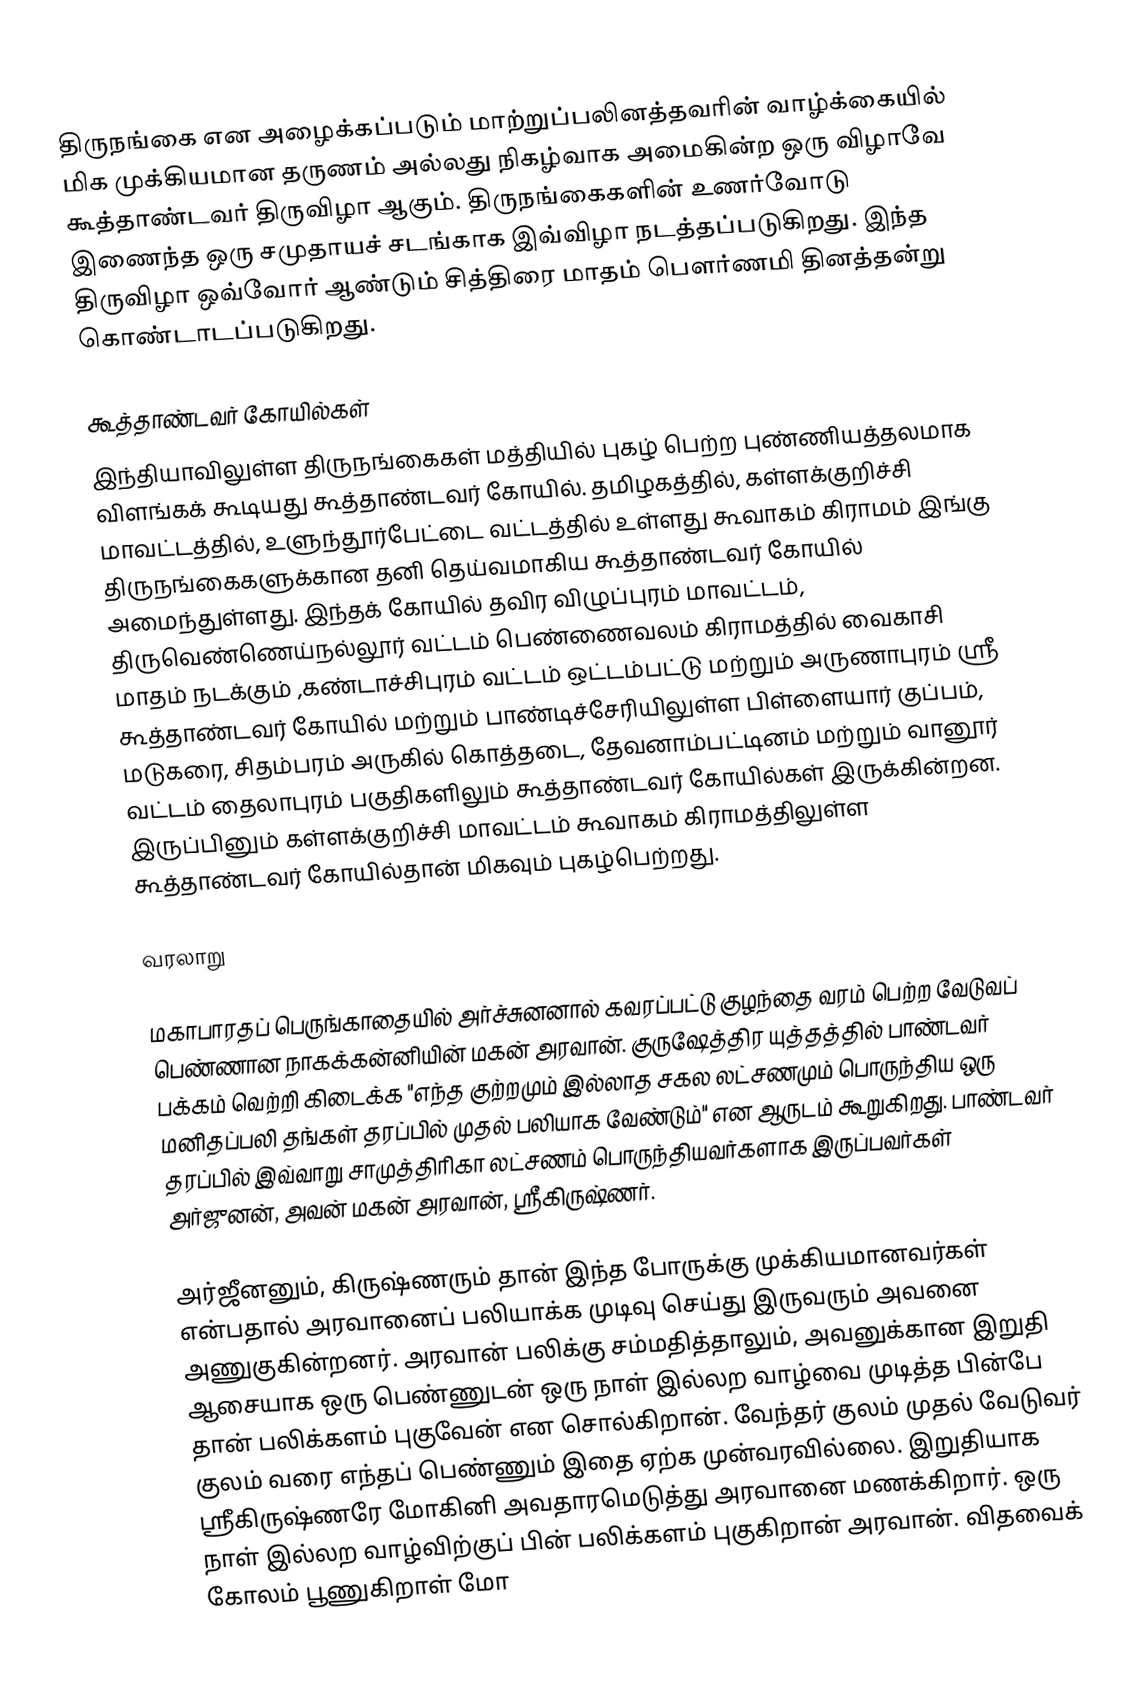
திருநங்கை என அழைக்கப்படும் மாற்றுப்பலினத்தவரின் வாழ்க்கையில் மிக முக்கியமான தருணம் அல்லது நிகழ்வாக அமைகின்ற ஒரு விழாவே கூத்தாண்டவர் திருவிழா ஆகும். திருநங்கைகளின் உணர்வோடு இணைந்த ஒரு சமுதாயச் சடங்காக இவ்விழா நடத்தப்படுகிறது. இந்த திருவிழா ஒவ்வோர் ஆண்டும் சித்திரை மாதம் பௌர்ணமி தினத்தன்று கொண்டாடப்படுகிறது.

கூத்தாண்டவர் கோயில்கள்
இந்தியாவிலுள்ள திருநங்கைகள் மத்தியில் புகழ் பெற்ற புண்ணியத்தலமாக விளங்கக் கூடியது கூத்தாண்டவர் கோயில். தமிழகத்தில், கள்ளக்குறிச்சி மாவட்டத்தில், உளுந்தூர்பேட்டை வட்டத்தில் உள்ளது கூவாகம் கிராமம் இங்கு திருநங்கைகளுக்கான தனி தெய்வமாகிய கூத்தாண்டவர் கோயில் அமைந்துள்ளது. இந்தக் கோயில் தவிர விழுப்புரம் மாவட்டம், திருவெண்ணெய்நல்லூர் வட்டம் பெண்ணைவலம் கிராமத்தில் வைகாசி மாதம் நடக்கும் ,கண்டாச்சிபுரம் வட்டம் ஒட்டம்பட்டு மற்றும் அருணாபுரம் ஸ்ரீ கூத்தாண்டவர் கோயில் மற்றும் பாண்டிச்சேரியிலுள்ள பிள்ளையார் குப்பம், மடுகரை, சிதம்பரம் அருகில் கொத்தடை, தேவனாம்பட்டினம் மற்றும் வானூர் வட்டம் தைலாபுரம் பகுதிகளிலும் கூத்தாண்டவர் கோயில்கள் இருக்கின்றன. இருப்பினும் கள்ளக்குறிச்சி மாவட்டம் கூவாகம் கிராமத்திலுள்ள கூத்தாண்டவர் கோயில்தான் மிகவும் புகழ்பெற்றது.

வரலாறு

மகாபாரதப் பெருங்காதையில் அர்ச்சுனனால் கவரப்பட்டு குழந்தை வரம் பெற்ற வேடுவப் பெண்ணான நாகக்கன்னியின் மகன் அரவான். குருஷேத்திர யுத்தத்தில் பாண்டவர் பக்கம் வெற்றி கிடைக்க "எந்த குற்றமும் இல்லாத சகல லட்சணமும் பொருந்திய ஒரு மனிதப்பலி தங்கள் தரப்பில் முதல் பலியாக வேண்டும்" என ஆருடம் கூறுகிறது. பாண்டவர் தரப்பில் இவ்வாறு சாமுத்திரிகா லட்சணம் பொருந்தியவர்களாக இருப்பவர்கள் அர்ஜுனன், அவன் மகன் அரவான், ஸ்ரீகிருஷ்ணர்.

அர்ஜீனனும், கிருஷ்ணரும் தான் இந்த போருக்கு முக்கியமானவர்கள் என்பதால் அரவானைப் பலியாக்க முடிவு செய்து இருவரும் அவனை அணுகுகின்றனர். அரவான் பலிக்கு சம்மதித்தாலும், அவனுக்கான இறுதி ஆசையாக ஒரு பெண்ணுடன் ஒரு நாள் இல்லற வாழ்வை முடித்த பின்பே தான் பலிக்களம் புகுவேன் என சொல்கிறான். வேந்தர் குலம் முதல் வேடுவர் குலம் வரை எந்தப் பெண்ணும் இதை ஏற்க முன்வரவில்லை. இறுதியாக ஸ்ரீகிருஷ்ணரே மோகினி அவதாரமெடுத்து அரவானை மணக்கிறார். ஒரு நாள் இல்லற வாழ்விற்குப் பின் பலிக்களம் புகுகிறான் அரவான். விதவைக் கோலம் பூணுகிறாள் மோ